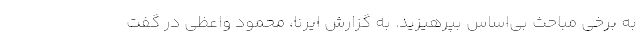
به برخی مباحث بی‌اساس بپرهیزید. به گزارش ایرنا، محمود واعظی در گفت